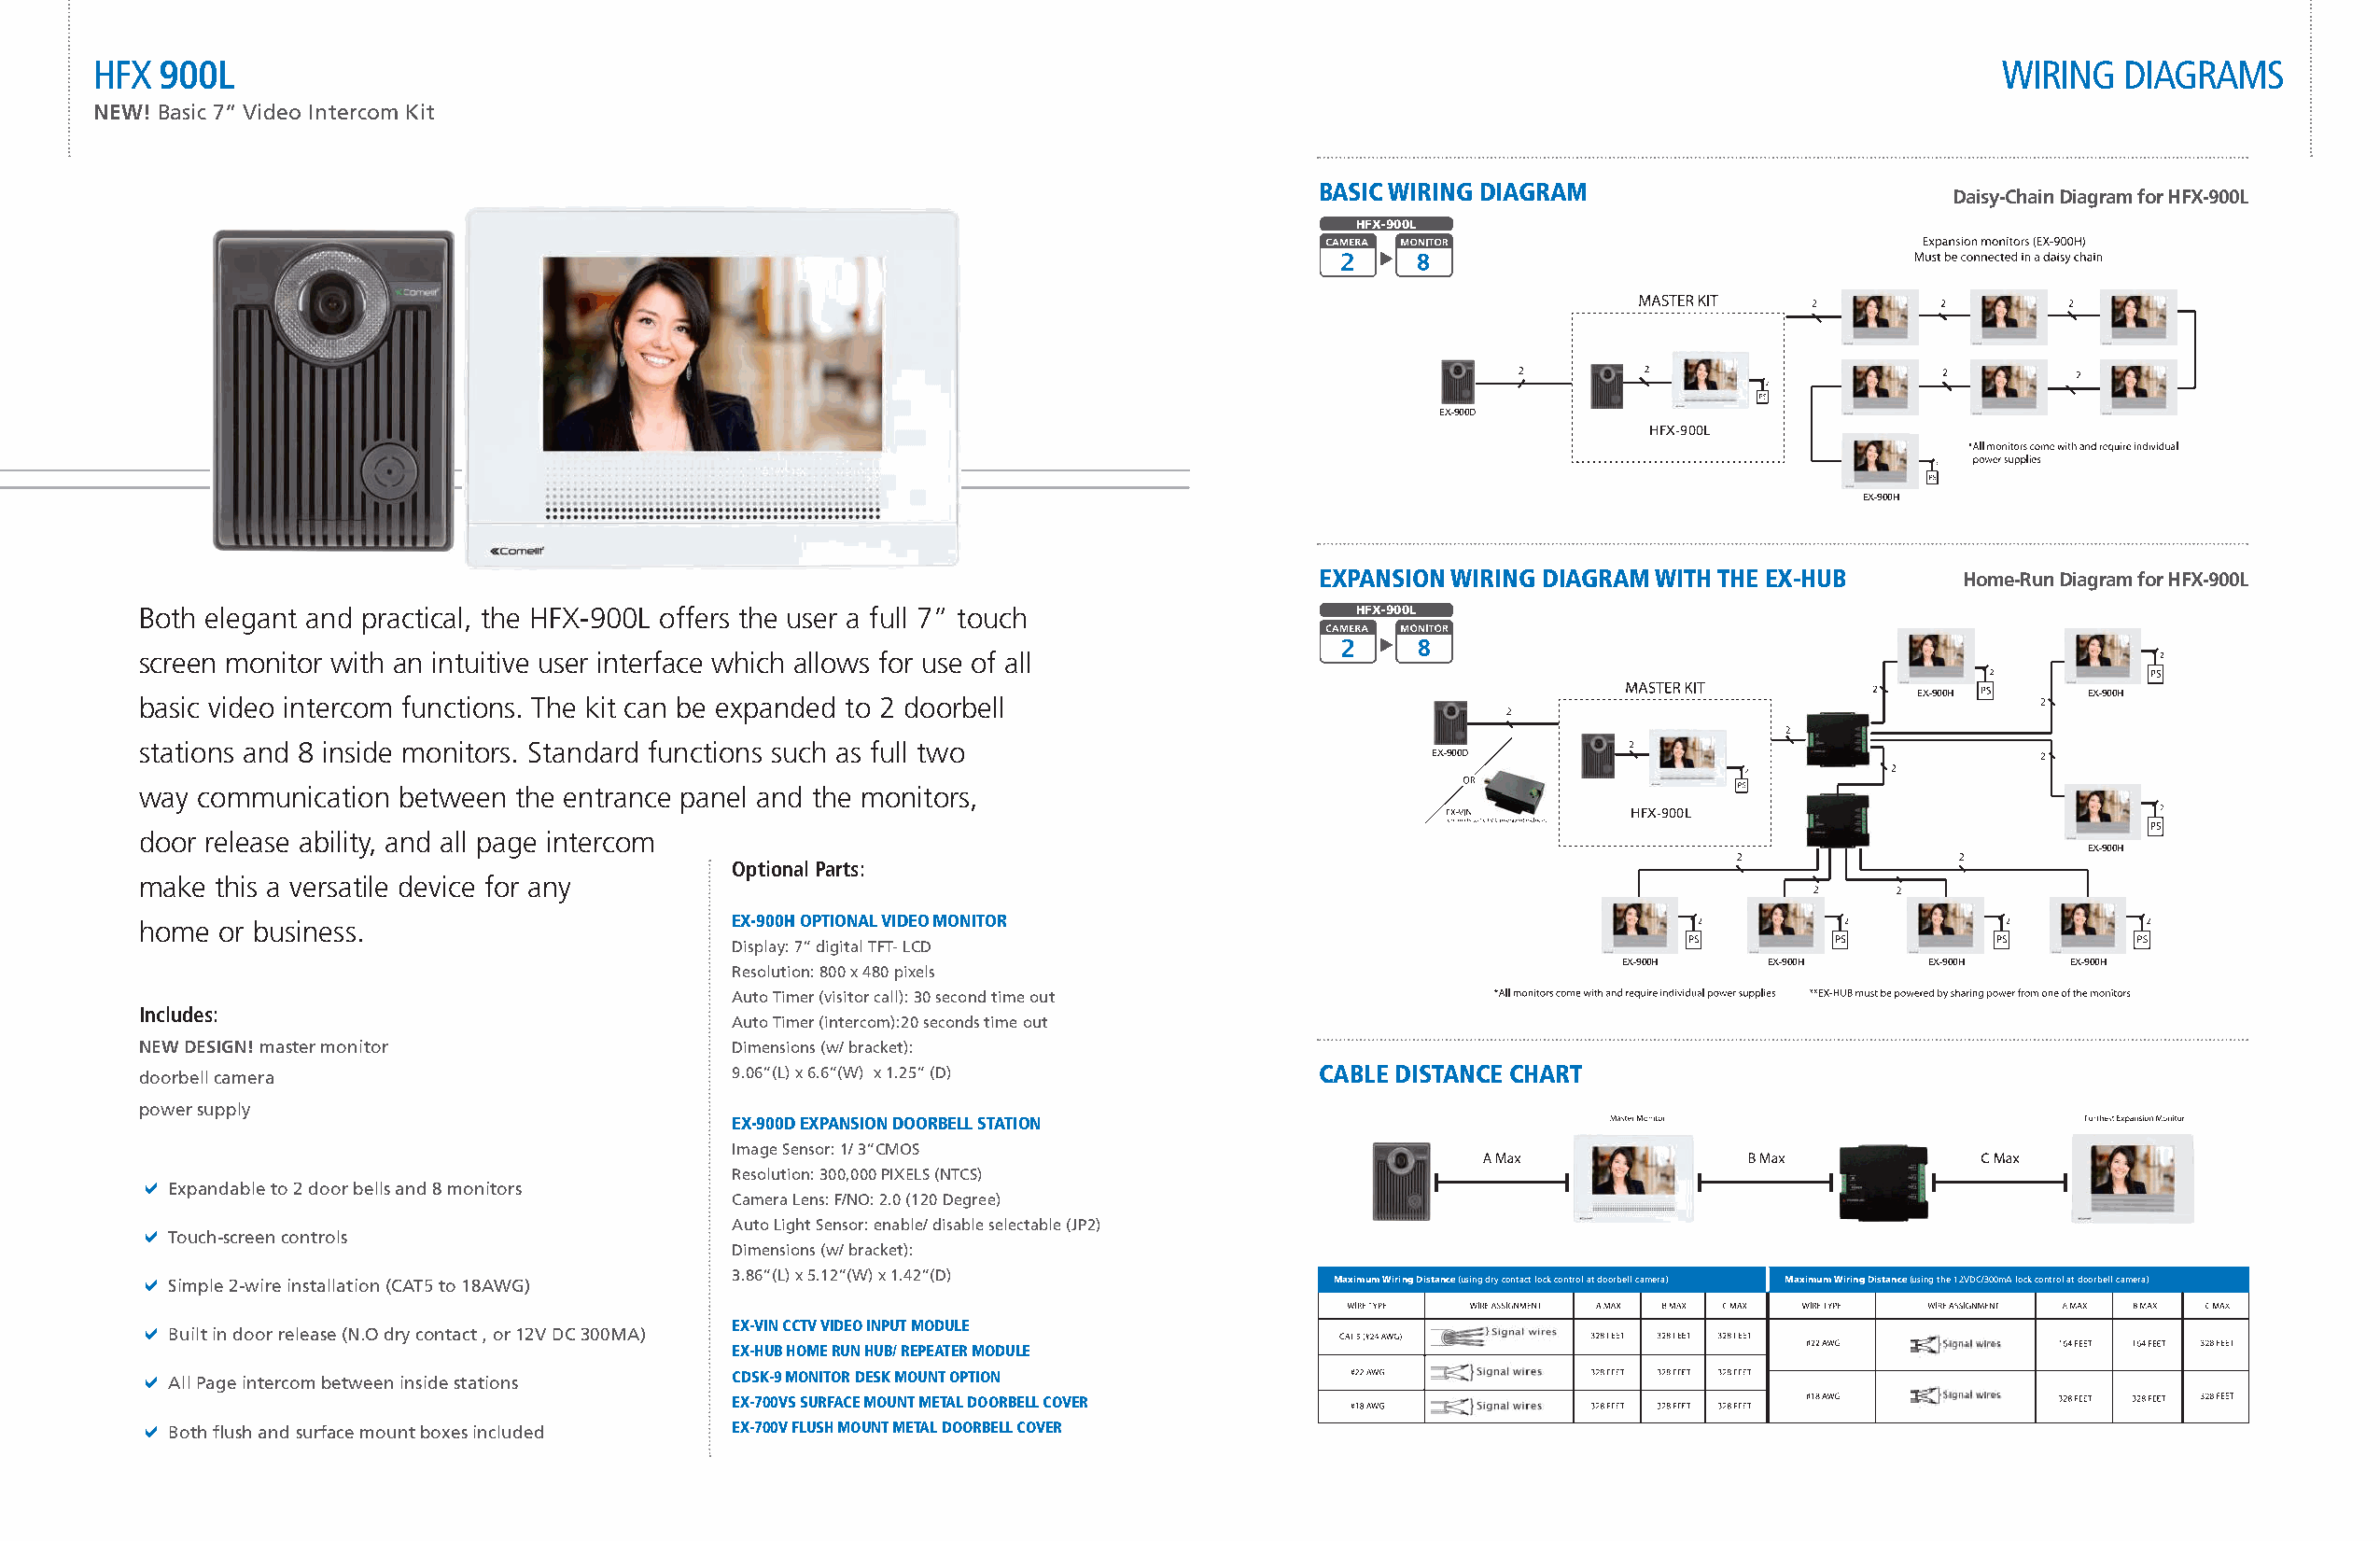
HFX 900L                                                                                                                               wiRing   diagRams
 NEW! Basic 7” Video Intercom Kit
 basic wiring DiagraM
 Daisy-Chain Diagram for HFX-900L
 HFX-900L
 EX-900D
 HFX-900L
 EX-900H
 EXpansion wiring DiagraM witH tHE EX-Hub     Home-Run Diagram for HFX-900L
 Both elegant and practical, the HFX-900L offers the user a full 7” touch              HFX-900L
 screen monitor with an intuitive user interface which allows for use of all
 EX-900H     EX-900H
 basic video intercom functions. The kit can be expanded to 2 doorbell
 stations and 8 inside monitors. Standard functions such as full two
 EX-900D
 way communication between  the entrance panel and the monitors,
 HFX-900L
 door release ability, and all page intercom
 EX-900H
 Optional Parts:
 make this a versatile device for any
 home or business.                         EX-900H optional viDEo Monitor
 Display: 7” digital TFT- LCD
 EX-900H   EX-900H     EX-900H   EX-900H
 Resolution: 800 x 480 pixels
 Auto Timer (visitor call): 30 second time out
 Includes:
 Auto Timer (intercom):20 seconds time out
 NEW DESIGN! master monitor                Dimensions (w/ bracket):
 doorbell camera                           9.06”(L) x 6.6”(W) x 1.25” (D)            cablE DistancE cHart
 power supply
 EX-900D EXpansion DoorbEll station
 Image Sensor: 1/ 3”CMOS
 C
 Resolution: 300,000 PIXELS (NTCS)
 a
 Expandable to 2 door bells and 8 monitors
 Camera Lens: F/NO: 2.0 (120 Degree)
 a                                         Auto Light Sensor: enable/ disable selectable (JP2)
 Touch-screen controls
 Dimensions (w/ bracket):
 a Simple 2-wire installation (CAT5 to 18AWG) 3.86”(L) x 5.12”(W) x 1.42”(D)          Maximum Wiring Distance (using dry contact lock control at doorbell camera) Maximum Wiring Distance (using the 12VDC/300mA lock control at doorbell camera)
 a                                         EX-vin cctv viDEo input MoDulE
 Built in door release (N.O dry contact , or 12V DC 300MA)
 EX-Hub HoME run Hub/ rEpEatEr MoDulE
 a All Page intercom between inside stations cDsK-9 Monitor DEsK Mount option
 EX-700vs surfacE Mount MEtal DoorbEll covEr
 a Both flush and surface mount boxes included EX-700v flusH Mount MEtal DoorbEll covEr